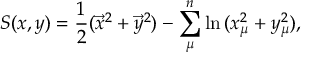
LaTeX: S ( x , y ) = { \frac { 1 } { 2 } } ( \vec { x } ^ { 2 } + \vec { y } ^ { 2 } ) - \sum _ { \mu } ^ { n } \ln { ( x _ { \mu } ^ { 2 } + y _ { \mu } ^ { 2 } ) } ,